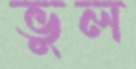
ভুল